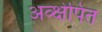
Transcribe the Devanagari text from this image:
अव्क्षेपित